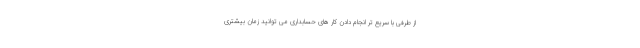
از طرفی با سریع تر انجام دادن کار های حسابداری می توانید زمان بیشتری